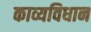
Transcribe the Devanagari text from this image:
काव्यविधान